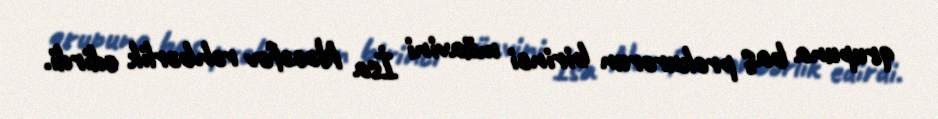
qrupuna baş prokurorun birinci müavini İsa Nəcəfov rəhbərlik edirdi.